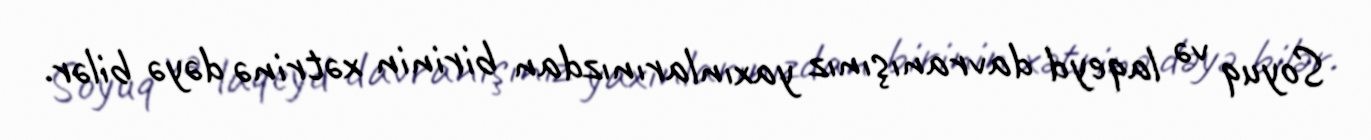
Soyuq və laqeyd davranışınız yaxınlarınızdan birinin xətrinə dəyə bilər.